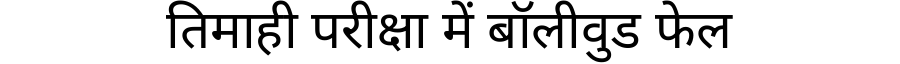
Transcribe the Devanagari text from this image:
तिमाही परीक्षा में बॉलीवुड फेल